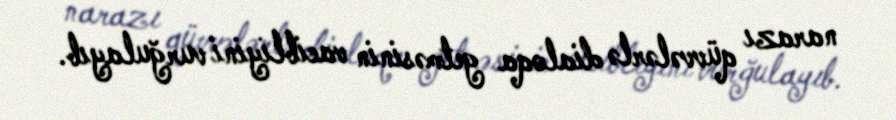
narazı qüvvələrlə dialoqa getməsinin vacibliyini vurğulayıb.